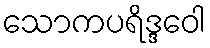
သောကပရိဒ္ဒဝေါ